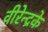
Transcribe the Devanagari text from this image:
वीरेन्द्रके